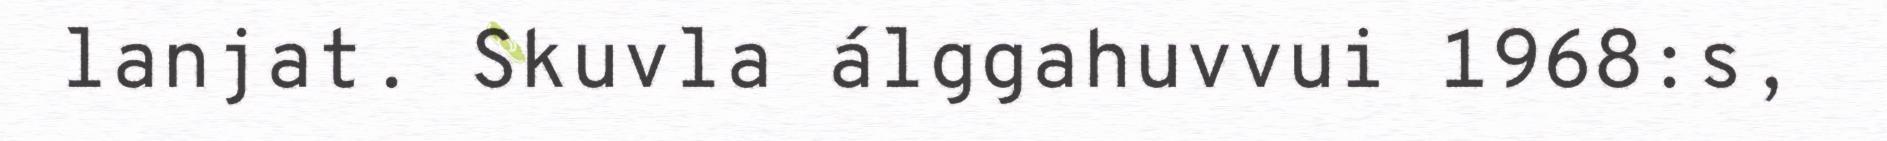
lanjat. Skuvla álggahuvvui 1968:s,